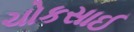
ચોકસાઈ